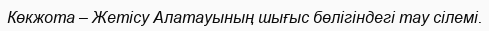
Көкжота – Жетісу Алатауының шығыс бөлігіндегі тау сілемі.